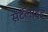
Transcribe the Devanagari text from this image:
सॅटॅलाइट